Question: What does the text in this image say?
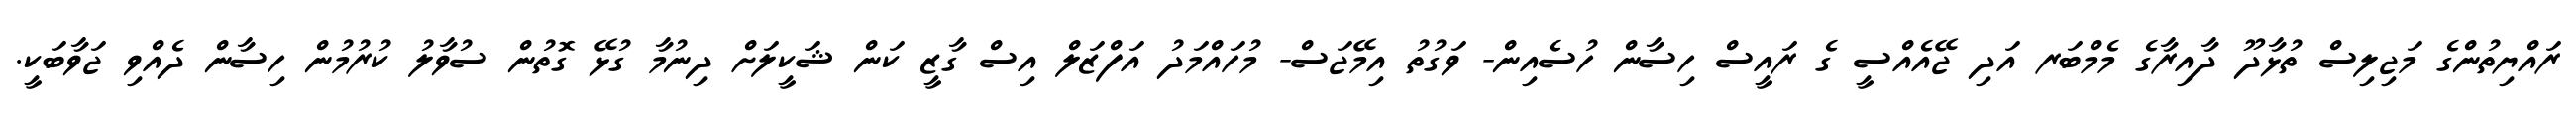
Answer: ރައްޔިތުންގެ މަޖިލިސް ތުޅާދޫ ދާއިރާގެ މެމްބަރ އަދި ޖޭއެއްސީ ގެ ރައީސް ހިސާން ހުސެއިން- ވަގުތު އިމޭޖަސް- މުހައްމަދު އަފްޒަލް އިސް ގާޒީ ކަން ޝަކީލަށް ދިނުމާ ގުޅޭ ގޮތުން ސުވާލު ކުރުމުން ހިސާން ދެއްވި ޖަވާބަކީ.